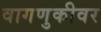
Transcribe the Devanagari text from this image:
वागणुकीवर